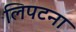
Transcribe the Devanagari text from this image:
लिपटना